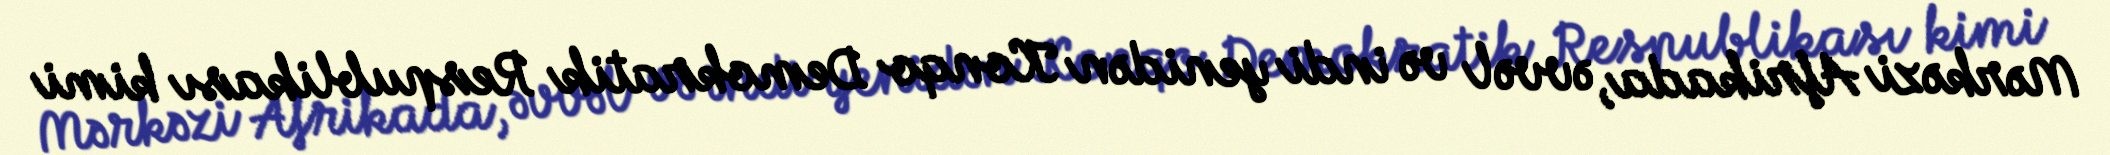
Mərkəzi Afrikada, əvvəl və indi yenidən Konqo Demokratik Respublikası kimi